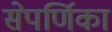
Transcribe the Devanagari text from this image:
सेपर्णिका